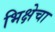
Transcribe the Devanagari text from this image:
भिक्षेचा